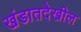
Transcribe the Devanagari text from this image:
खंडातदेखील